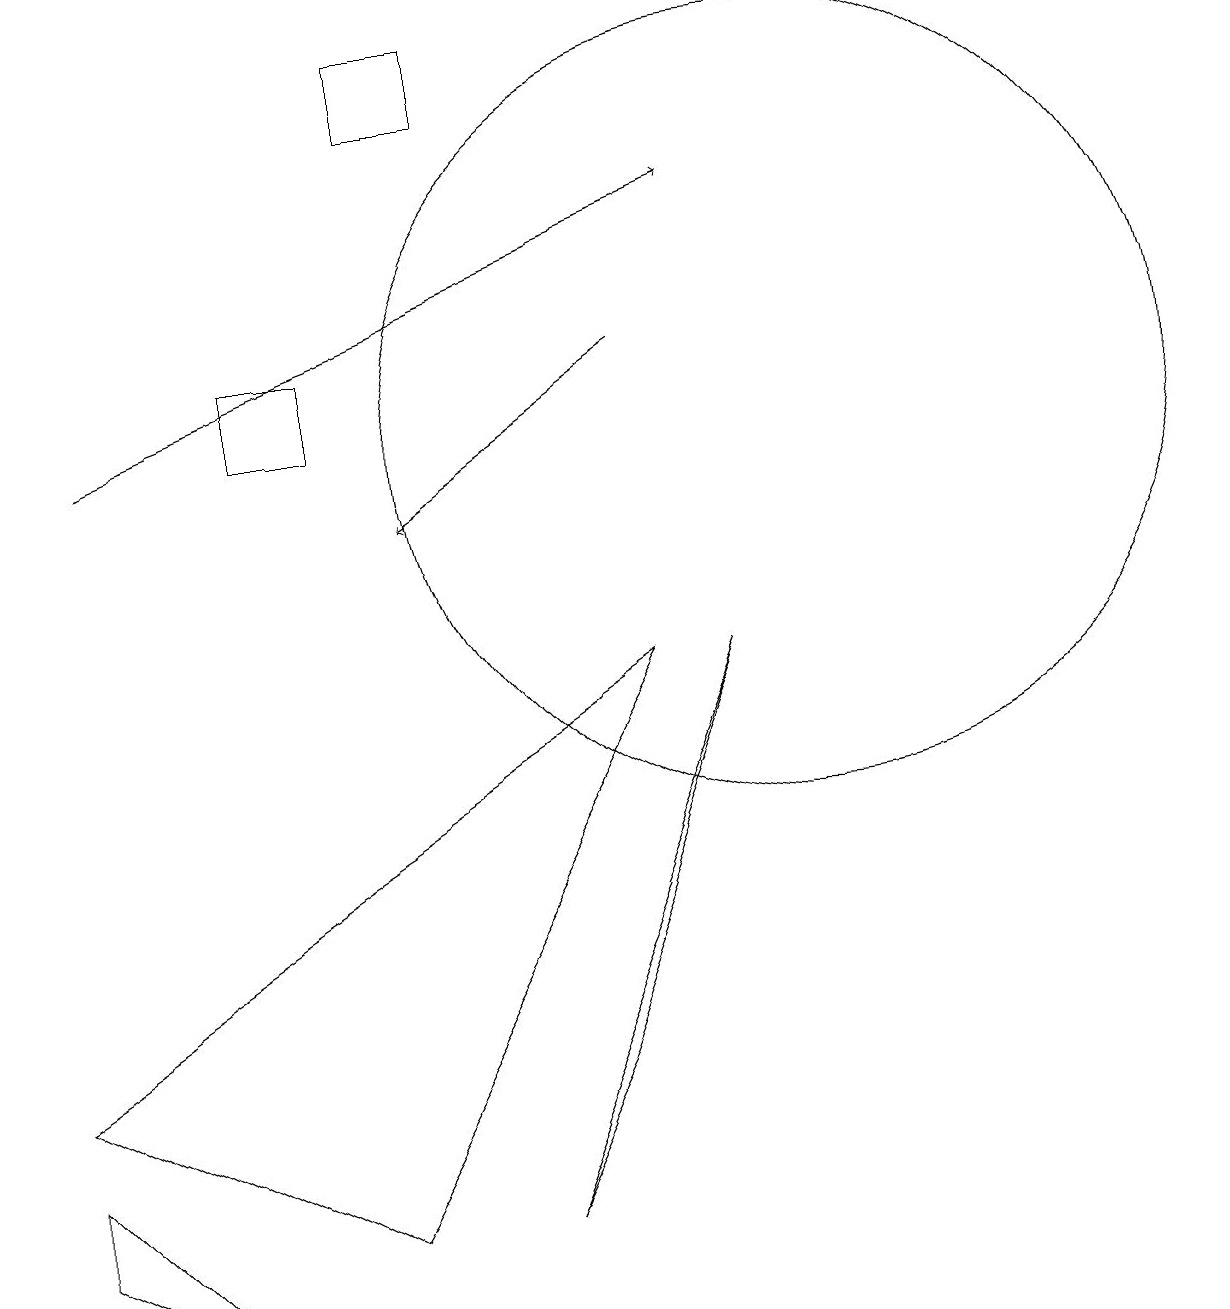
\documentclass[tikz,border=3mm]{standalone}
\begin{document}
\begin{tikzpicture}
\draw[->] (1,11) -- (9,14);
\draw[->] (8,12) -- (5,10);
\draw (0,3) -- (4,1) -- (8,8) -- cycle;
\draw (6,1) -- (7,3) -- (9,8) -- cycle;
\draw (10,11) circle (5);
\draw (0,2) -- (0,1) -- (2,0) -- cycle;
\draw (6,16) rectangle (5,15);
\draw (3,12) rectangle (4,11);
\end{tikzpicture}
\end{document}